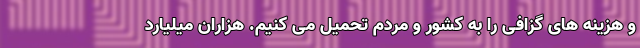
و هزینه های گزافی را به کشور و مردم تحمیل می کنیم. هزاران میلیارد